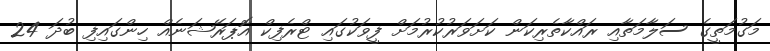
މަގުމަތީގެ ސަލާމަތާއި ރައްކާތެރިކަން ކަށަވަރުކުރުމަށް ފީވަކުގައި ޓްރެފިކް އޮޕަރޭޝަނެއް ހިންގައިފި ބުދަ 24